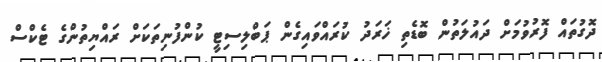
ދޮގުތައް ފޮރުވުމަށް ދައުލަތުން ބޮޑެތި ޚަރަދު ކުރައްވައިގެން ޕަބްލިސިޓީ ކުންފުނިތަަކަށް ރައްޔިތުންގެ ޓެކްސް